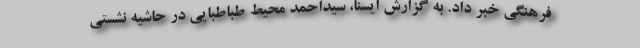
فرهنگی خبر داد. به گزارش ایسنا، سیداحمد محیط طباطبایی در حاشیه نشستی